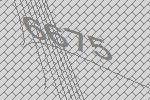
6675